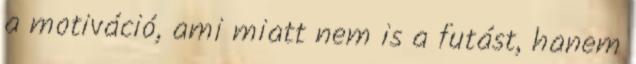
a motiváció, ami miatt nem is a futást, hanem